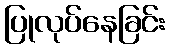
ပြုလုပ်နေခြင်း